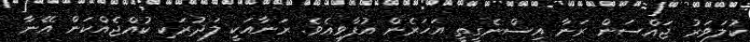
ކުލަވަރު ޖައްސަން ރަނާ އިސްނެގީތީ އަހަރެން އުފާވިއެވެ. ރަނާއަކީ ލަދުރަކި ކުއްޖެއްކަން އޭނާ